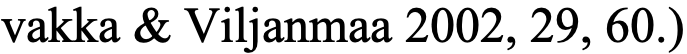
vakka & Viljanmaa 2002, 29, 60.)